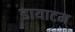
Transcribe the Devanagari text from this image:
डायाटम